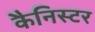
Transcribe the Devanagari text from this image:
कैनिस्टर